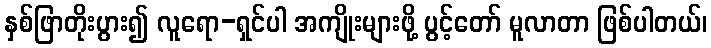
နှစ်ဖြာတိုးပွား၍ လူရော-ရှင်ပါ အကျိုးများဖို့ ပွင့်တော် မူလာတာ ဖြစ်ပါတယ်၊